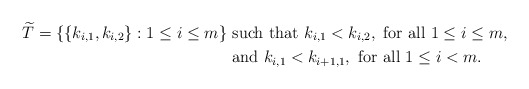
\begin{align*} \widetilde{T} =\{ \{ k_{i,1}, k_{i,2} \} : 1 \le i \le m \}&\mbox{ such that } k_{i,1} < k_{i,2}, \mbox{ for all } 1\le i \le m, \\ &\mbox{ and } k_{i,1} < k_{i+1,1}, \mbox{ for all } 1\le i <m. \end{align*}